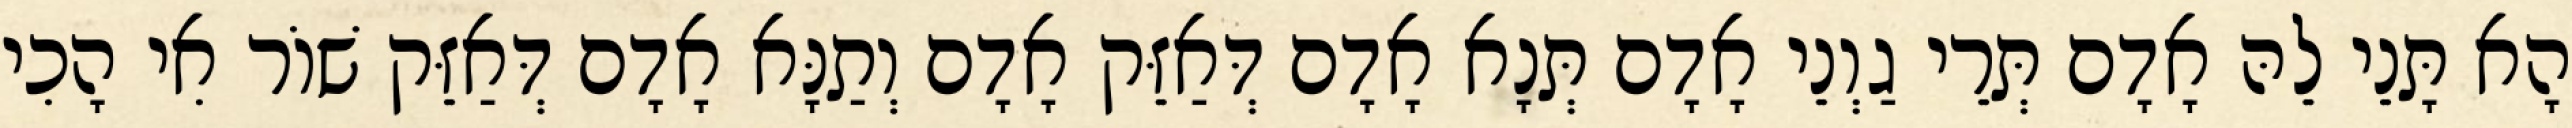
הָא תָּנֵי לֵהּ אָדָם תְּרֵי גַוְנֵי אָדָם תְּנָא אָדָם דְּאַזֵּק אָדָם וְתַנָּא אָדָם דְּאַזֵּק שׁוֹר אִי הָכִי